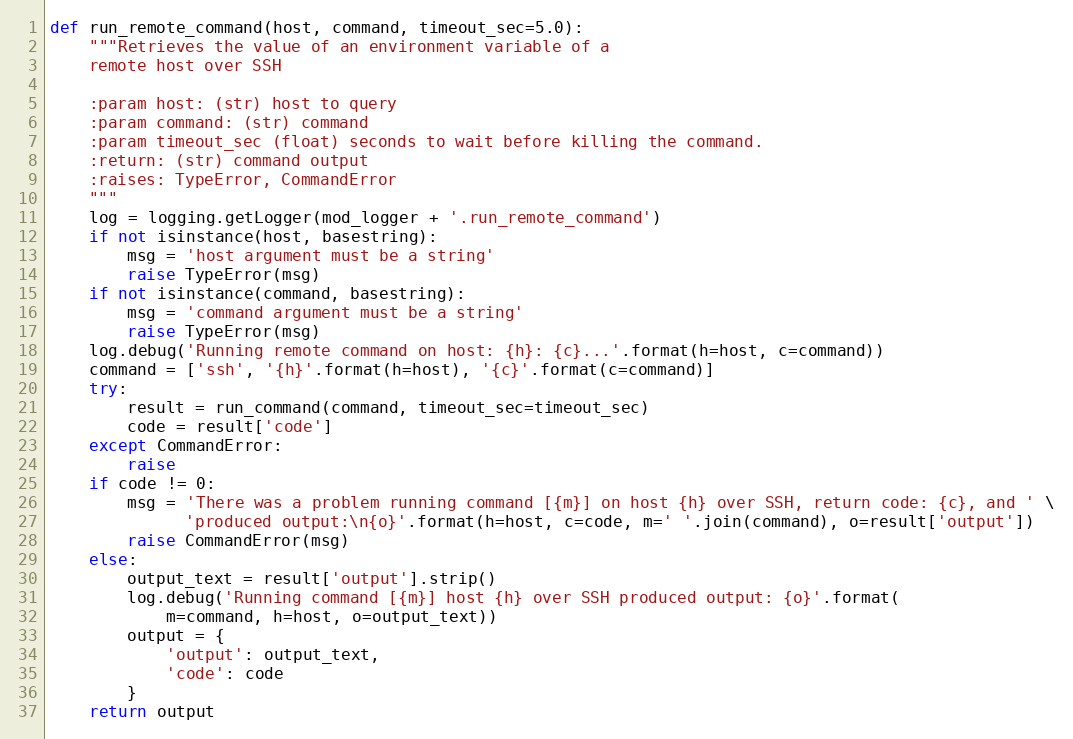
Language: Python
def run_remote_command(host, command, timeout_sec=5.0):
    """Retrieves the value of an environment variable of a
    remote host over SSH

    :param host: (str) host to query
    :param command: (str) command
    :param timeout_sec (float) seconds to wait before killing the command.
    :return: (str) command output
    :raises: TypeError, CommandError
    """
    log = logging.getLogger(mod_logger + '.run_remote_command')
    if not isinstance(host, basestring):
        msg = 'host argument must be a string'
        raise TypeError(msg)
    if not isinstance(command, basestring):
        msg = 'command argument must be a string'
        raise TypeError(msg)
    log.debug('Running remote command on host: {h}: {c}...'.format(h=host, c=command))
    command = ['ssh', '{h}'.format(h=host), '{c}'.format(c=command)]
    try:
        result = run_command(command, timeout_sec=timeout_sec)
        code = result['code']
    except CommandError:
        raise
    if code != 0:
        msg = 'There was a problem running command [{m}] on host {h} over SSH, return code: {c}, and ' \
              'produced output:\n{o}'.format(h=host, c=code, m=' '.join(command), o=result['output'])
        raise CommandError(msg)
    else:
        output_text = result['output'].strip()
        log.debug('Running command [{m}] host {h} over SSH produced output: {o}'.format(
            m=command, h=host, o=output_text))
        output = {
            'output': output_text,
            'code': code
        }
    return output